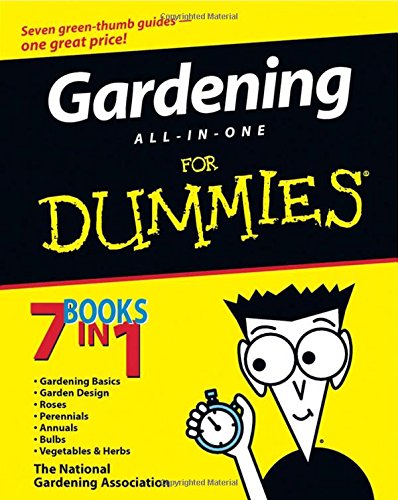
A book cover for Gardening All-in-One For Dummies; The National Gardening Association; Crafts, Hobbies & Home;